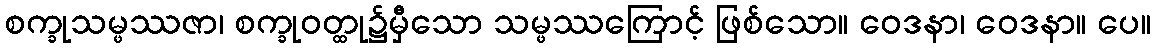
စက္ခုသမ္ဖဿဇာ၊ စက္ခုဝတ္ထု၌မှီသော သမ္ဖဿကြောင့် ဖြစ်သော။ ဝေဒနာ၊ ဝေဒနာ။ ပေ။